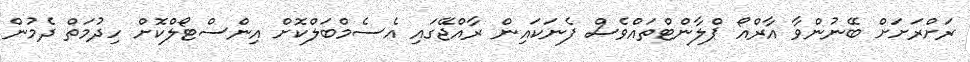
ރަށްރަށަށް ބޭނުންވާ އާރްއޯ ޕްލާންޓްތައްވެސް ފެނަކައިން ރާއްޖޭގައި އެސެމްބަލްކޮށް އިންސްޓޯލްކޮށް ހިދުމަތް ދެމުން